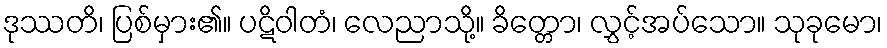
ဒုဿတိ၊ ပြစ်မှား၏။ ပဋိဝါတံ၊ လေညာသို့။ ခိတ္တော၊ လွှင့်အပ်သော။ သုခုမော၊